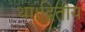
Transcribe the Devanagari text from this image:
था।द्वितीय